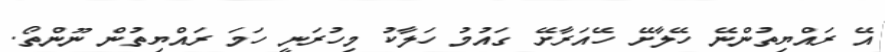
އޭ ރައްޔިތުންނޭ ހޭލާށޭ ހޭއަރާށޭ ގައުމު ހަލާކު މިހުރަނީ ހަމަ ރައްޔިތުން ނޫންތޯ.